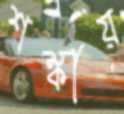
শঙ্কায়